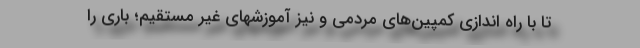
تا با راه اندازی کمپین‌های مردمی و نیز آموزشهای غیر مستقیم؛ باری را